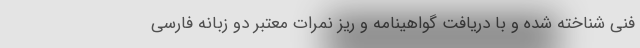
فنی شناخته شده و با دریافت گواهینامه و ریز نمرات معتبر دو زبانه فارسی